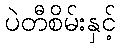
ပဲတီစိမ်းနှင့်